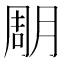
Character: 𣍼